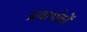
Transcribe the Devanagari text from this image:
प्रवार्धकों